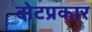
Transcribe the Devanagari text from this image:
दोटप्रकार